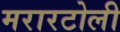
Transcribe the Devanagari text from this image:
मरारटोली